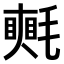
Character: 𣰋